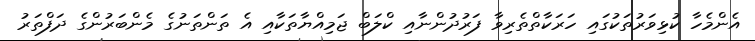
އެންމެހާ ކުޅިވަރުތަކުގައި ހަރަކާތްތެރިވާ ފަރުދުންނާއި ކްލަބް ޖަމިއްޔާތަކާއި އެ ތަންތަނުގެ މެންބަރުންގެ ދަފްތަރު